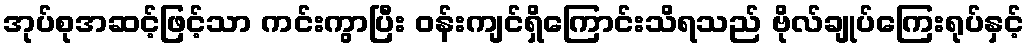
အုပ်စုအဆင့်ဖြင့်သာ ကင်းကွာပြီး ဝန်းကျင်ရှိကြောင်းသိရသည် ဗိုလ်ချုပ်ကြေးရုပ်နှင့်